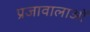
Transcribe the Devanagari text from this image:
प्रजावालाओं